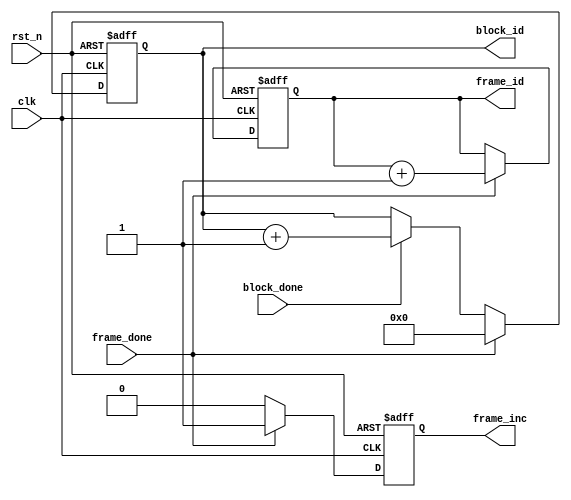
module process_ctrl(
    clk,
    rst_n,
    frame_id,
    block_id,
    frame_done,
    block_done,
    frame_inc
);

input clk;
input rst_n;

output reg [3:0] frame_id; // 1 ~ 9 ; is the current calculating frame
output reg [5:0] block_id; // 0 ~ 47 ; is the current calculating block
output reg frame_inc;
input frame_done;
input block_done;

always@(posedge clk or negedge rst_n) begin
    if(!rst_n) begin
        frame_id <= 1;
        block_id <= 0;
        frame_inc <= 0;
    end
    else begin
        frame_inc <= 0;
        frame_id <= frame_id;
        block_id <= block_id;
        if(block_done)
            block_id <= block_id + 1;
        if(frame_done) begin
            block_id <= 0;
            frame_id <= frame_id + 1;
            frame_inc <= 1;
        end
    end
end
endmodule